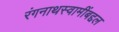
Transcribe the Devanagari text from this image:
रंगनाथस्वामींबद्दल